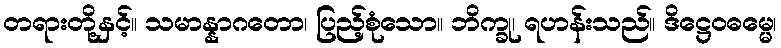
တရားတို့နှင့်။ သမာန္နာဂတော၊ ပြည့်စုံသော။ ဘိက္ခု၊ ရဟန်းသည်။ ဒိဋ္ဌေဝဓမ္မေ၊